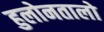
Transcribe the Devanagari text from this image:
हुलोनतालो